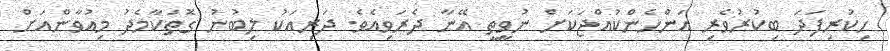
ހިކުރިފަދަ ބިކުރުވެރި އަންހެންކުއްޖަކަށް ނުވީތީ އޭނާ ދެރަވިއެވެ. ދަރިއަކު ލިބުނު ގޮތަކާމެދު މިއުވާންއަށް